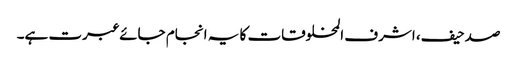
صدحیف، اشرف المخلوقات کا یہ انجام جائے عبرت ہے۔